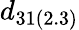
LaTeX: d_{31(2.3)}